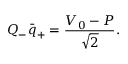
Q _ { - } \bar { q } _ { + } = \frac { V _ { 0 } - P } { \sqrt { 2 } } .